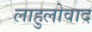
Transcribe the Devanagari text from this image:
लाहुलोवाद